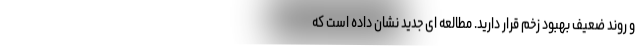
و روند ضعیف بهبود زخم قرار دارید. مطالعه ای جدید نشان داده است که